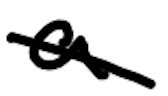
Text: a
Cross-out: mix
Writing tool: digital_black